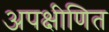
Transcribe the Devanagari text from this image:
अपक्षीणित